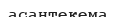
асантекема